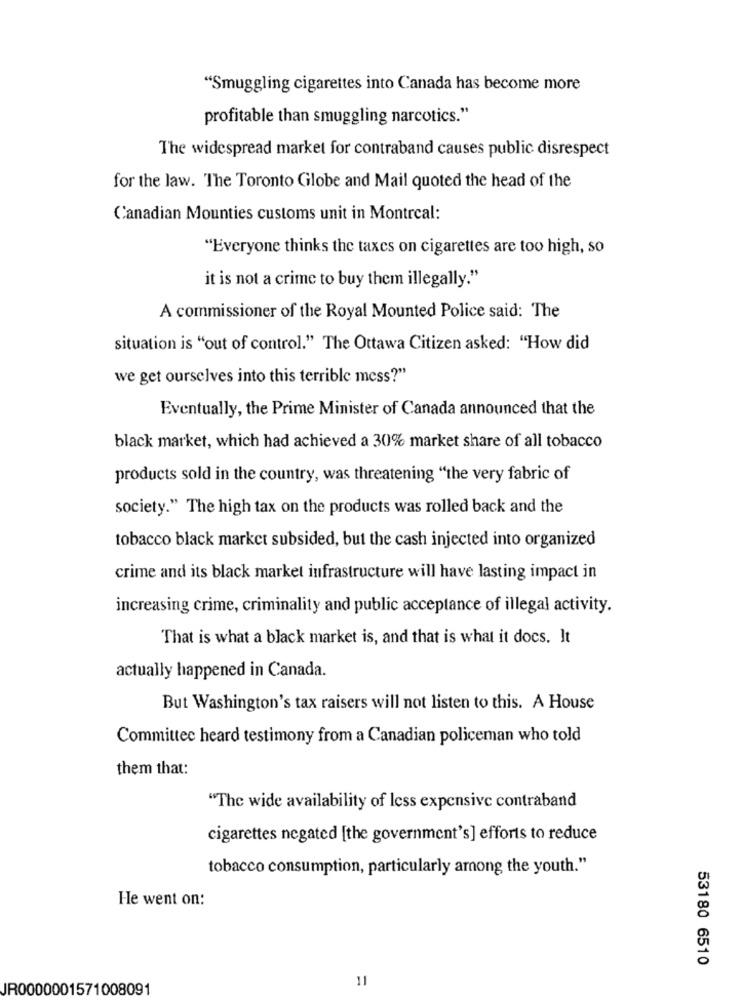
"Smuggling cigarettes into Canada has become more
profitable than smuggling narcotics."
The widespread market for contraband causes public disrespect
for the law. The Toronto Globe and Mail quoted the head of the
Canadian Mounties customs unit in Montreal:
"Everyone thinks the taxes on cigarettes are too high, so
it is not a crime to buy them illegally."
A commissioner of the Royal Mounted Police said: The
situation is "out of control." The Ottawa Citizen asked: "How did
we get ourselves into this terrible mess?"
Eventually, the Prime Minister of Canada announced that the
black market, which had achieved a 30% market share of all tobacco
products sold in the country, was threatening "the very fabric of
society." The high tax on the products was rolled back and the
tobacco black market subsided, but the cash injected into organized
crime and its black market infrastructure will have lasting impact in
increasing crime, criminality and public acceptance of illegal activity.
That is what a black market is, and that is what it docs. It
actually happened in Canada.
But Washington's tax raisers will not listen to this. A House
Committee heard testimony from a Canadian policeman who told
them that:
"The wide availability of less expensive contraband
cigarettes negated [the government's] efforts to reduce
tobacco consumption, particularly among the youth."
He went on:
53180 6510
11
JR0000001571008091